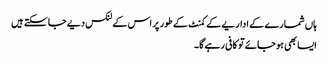
ہاں شمارے کے اداریے کے کمنٹ کے طور پر اس کے لنکس دیے جا سکتے ہیں
ایسا بھی ہو جائے تو کافی رہے گا۔